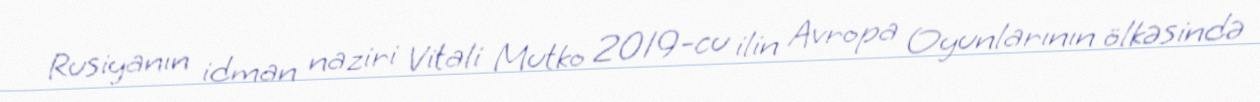
Rusiyanın idman naziri Vitali Mutko 2019-cu ilin Avropa Oyunlarının ölkəsində